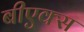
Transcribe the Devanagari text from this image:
बीएक्स